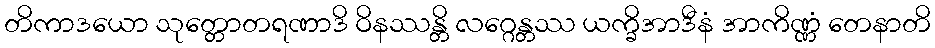
တိကာဒယော သုတ္တောတရဏာဒိ ဝိနဿန္တိ လဂ္ဂေန္တဿ ယက္ခိအာဒီနံ အာကိဏ္ဏံ တေနာတိ